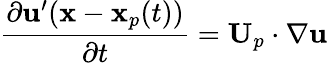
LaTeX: \frac{\partial\mathbf{u}^{\prime}(\mathbf{x}-\mathbf{x}_{p}(t))}{\partial t}=\mathbf{U}_{p}\cdot\nabla\mathbf{u}